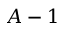
A - 1